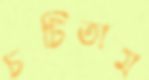
চটিতাম